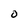
Character: O